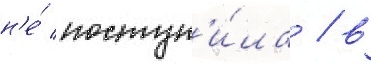
н'е́ поступ'и́ла / в